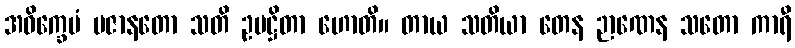
အဝိက္ခေပံ ပဇာနတော သတိ ဥပဋ္ဌိတာ ဟောတိ။ တာယ သတိယာ တေန ဉာဏေန သတော ကာရီ